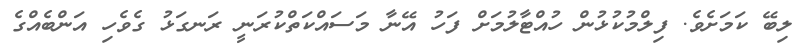
ލިބޭ ކަމަށެވެ. ފިލްމުކުޅުން ހުއްޓާލުމަށް ފަހު އޭނާ މަސައްކަތްކުރަނީ ރަނގަޅު ގެވެހި އަންބެއްގެ